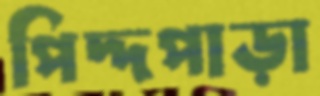
পিদ্দপাড়া